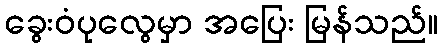
ခွေးဝံပုလွေမှာ အပြေး မြန်သည်။